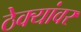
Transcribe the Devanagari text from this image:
ठेक्यांवर